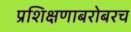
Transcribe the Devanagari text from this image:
प्रशिक्षणाबरोबरच